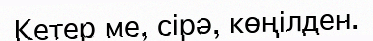
Кетер ме, сірә, көңілден.